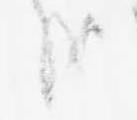
哉